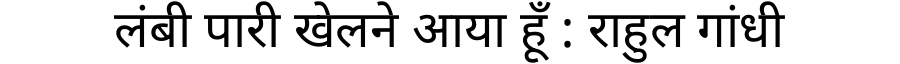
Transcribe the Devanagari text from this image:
लंबी पारी खेलने आया हूँ : राहुल गांधी